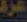
غرف